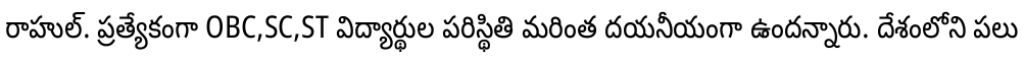
రాహుల్. ప్రత్యేకంగా OBC,SC,ST విద్యార్థుల పరిస్థితి మరింత దయనీయంగా ఉందన్నారు. దేశంలోని పలు